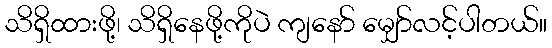
သိရှိထားဖို့၊ သိရှိနေဖို့ကိုပဲ ကျနော် မျှော်လင့်ပါတယ်။